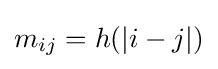
m_{ij}=h(|i-j|)